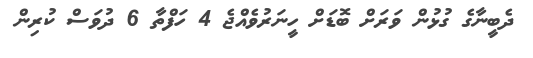
ދެބީނާގެ ގުޅުން ވަރަށް ބޮޑަށް ހީނަރުވެއްޖެ 4 ހަފްތާ 6 ދުވަސް ކުރިން